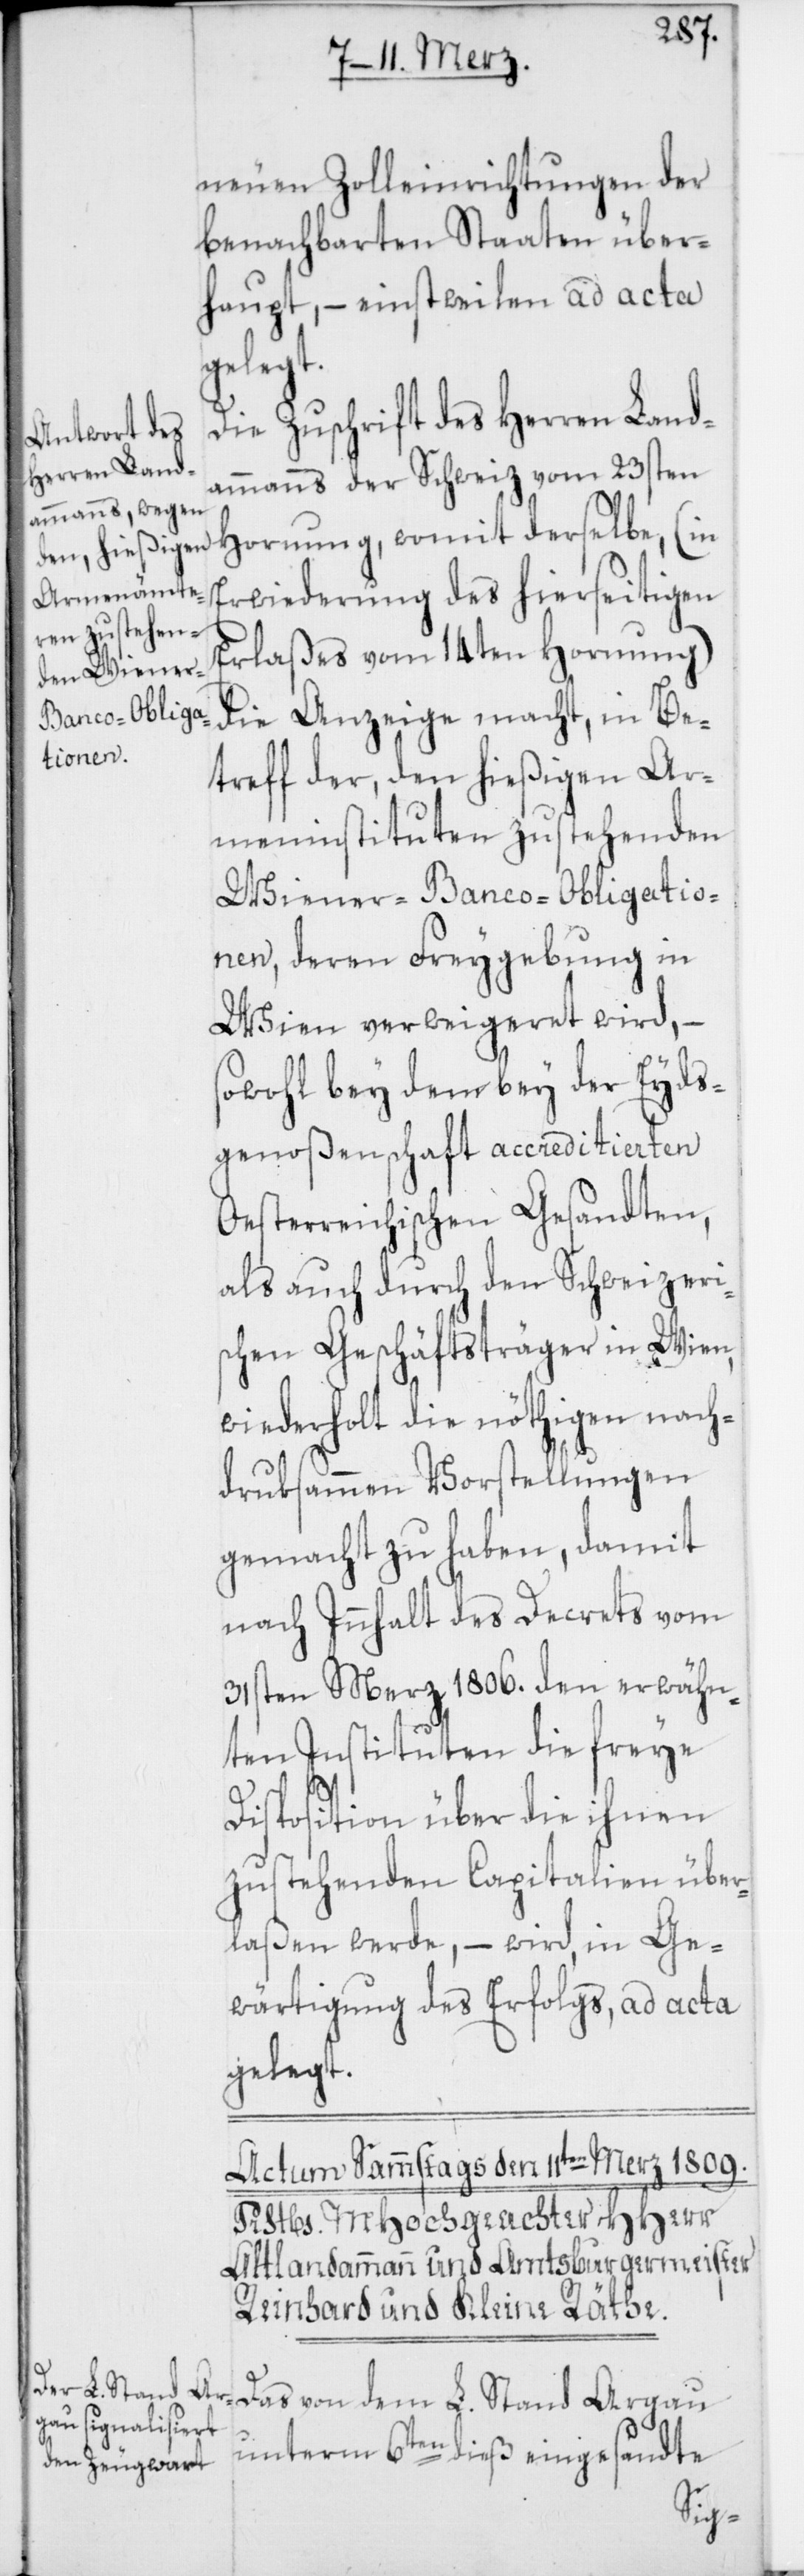
neuen Zolleinrichtungen der
benachbarten Staaten über¬
haupt, – einstweilen ad acta
gelegt.
Die Zuschrift des Herren Land¬
ammanns der Schweiz vom 23sten
Hornung, womit derselbe (in
Erwiederung des hierseitigen
Erlaßes vom 14ten Hornung),
die Anzeige macht, in Be¬
treff der, den hießigen Ar¬
meninstituten zustehenden
Wiener-Banco-Obligatio¬
nen, deren Freygebung in
Wien verweigeret wird, –
sowohl bey dem bey der Eyds¬
genoßenschaft accreditierten
Oesterreichischen Gesandten,
als auch durch den Schweizeri¬
schen Geschäftsträger in Wien,
wiederholt die nöthigen nach¬
druksammen Vorstellungen
gemacht zu haben, damit
nach Innhalt des Decrets vom
31sten Merz 1806. den erwähn¬
ten Instituten die freye
Disposition über die ihnen
zustehenden Capitalien über¬
laßen werde, – wird, in Ge¬
wärtigung des Erfolgs, ad acta
gelegt.
Das von dem L. Stand Argau
unterm 6ten dieß eingesandte